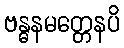
ဗန္ဓနမတ္တေနပိ